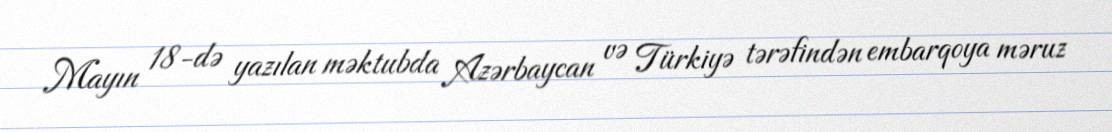
Mayın 18-də yazılan məktubda Azərbaycan və Türkiyə tərəfindən embarqoya məruz